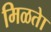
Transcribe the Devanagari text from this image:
मिळतेा